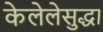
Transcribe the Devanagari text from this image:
केलेलेसुद्धा